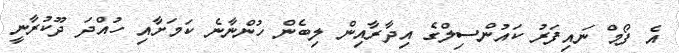
އެ ފޯމް ނައިފަރު ކައުންސިލްގެ އިދާރާއިން ލިބެން ހުންނާނެ ކަމަށާއި ހުއްދަ ދޫކުރާނީ